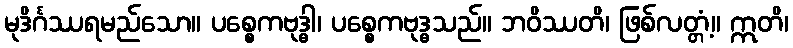
မုဒိင်္ဂဿရမည်သော။ ပစ္စေကဗုဒ္ဓါ၊ ပစ္စေကဗုဒ္ဓသည်။ ဘဝိဿတိ၊ ဖြစ်လတ္တံ့။ ဣတိ၊